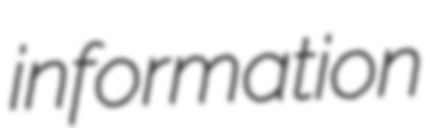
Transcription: information